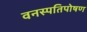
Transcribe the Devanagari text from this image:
वनस्पतिपोषण